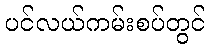
ပင်လယ်ကမ်းစပ်တွင်